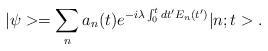
LaTeX: \begin{align*}|\psi> = \sum_n a_n(t) e^{-i\lambda\int_0^t dt' E_n(t')} |n;t>.\end{align*}